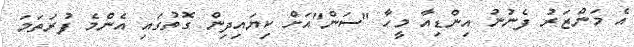
އެ މަންޒަރު ފެނުނު އިންޑިއާ މީހާ "ސަން"އަށް ކިޔައިދިން ގޮތުގައި އެންމެ ފުރަތަމަ